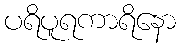
ပရိပူရကာရိနော